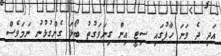
އަދި ދެ ވަނަ ހާފުގައި ސިޓީ އިން ގިނަވަގުތު ބޯޅަ ގެންގުޅުނު ނަމަވެސް